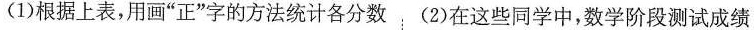
(1)根据上表，用画”正”字的方法统计各分数 (2)在这些同学中，数学阶段测试成绩